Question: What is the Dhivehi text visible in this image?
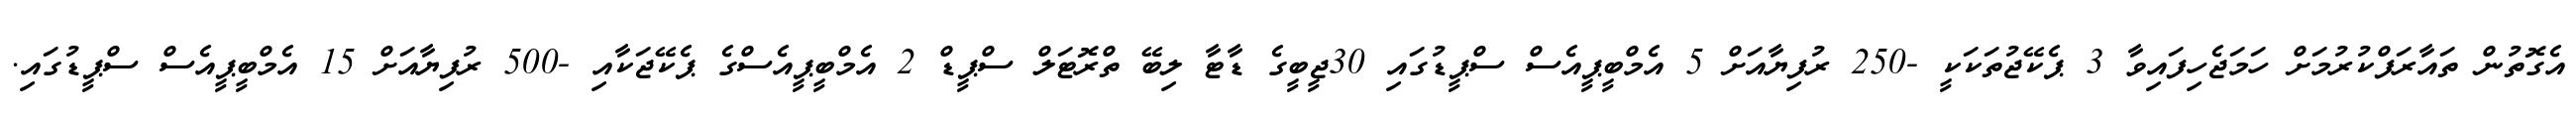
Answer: އެގޮތުން ތައާރަފްކުރުމަށް ހަމަޖެހިފައިވާ 3 ޕެކޭޖުތަކަކީ -250 ރުފިޔާއަށް 5 އެމްބީޕީއެސް ސްޕީޑުގައި 30ޖީބީގެ ޑާޓާ ލިބޭ ތްރޮޓަލް ސްޕީޑް 2 އެމްބީޕީއެސްގެ ޕެކޭޖަކާއި -500 ރުފިޔާއަށް 15 އެމްބީޕީއެސް ސްޕީޑުގައި.